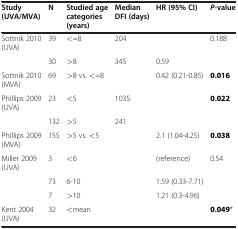
<table><thead><tr><td><b>Study (UVA/MVA)</b></td><td><b>N</b></td><td><b>Studied age categories (years)</b></td><td><b>Median DFI (days)</b></td><td><b>HR (95% CI)</b></td><td><b><i>P</i>-value</b></td></tr></thead><tbody><tr><td>Sottnik 2010 (UVA)</td><td>39</td><td>&lt;=8</td><td>204</td><td> </td><td>0.188</td></tr><tr><td> </td><td>30</td><td>&gt;8</td><td>345</td><td>0.59</td><td> </td></tr><tr><td>Sottnik 2010 (MVA)</td><td>69</td><td>&gt;8 vs. &lt;=8</td><td> </td><td>0.42 (0.21-0.85)</td><td><b>0.016</b></td></tr><tr><td>Phillips 2009 (UVA)</td><td>23</td><td>&lt;5</td><td>1035</td><td> </td><td><b>0.022</b></td></tr><tr><td> </td><td>132</td><td>&gt;5</td><td>241</td><td> </td><td> </td></tr><tr><td>Phillips 2009 (MVA)</td><td>155</td><td>&gt;5 vs. &lt;5</td><td> </td><td>2.1 (1.04-4.25)</td><td><b>0.038</b></td></tr><tr><td>Miller 2009 (UVA)</td><td>3</td><td>&lt;6</td><td> </td><td>(reference)</td><td>0.54</td></tr><tr><td> </td><td>73</td><td>6-10</td><td> </td><td>1.59 (0.33-7.71)</td><td> </td></tr><tr><td> </td><td>7</td><td>&gt;10</td><td> </td><td>1.21 (0.3-4.96)</td><td> </td></tr><tr><td>Kent 2004 (UVA)</td><td>32</td><td>&lt;mean</td><td> </td><td> </td><td><b>0.049</b>*</td></tr></tbody></table>